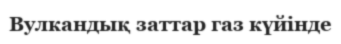
Вулкандық заттар газ күйінде